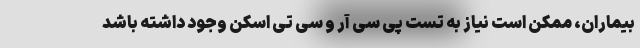
بیماران، ممکن است نیاز به تست پی سی آر و سی تی اسکن وجود داشته باشد